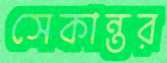
সেকান্তর